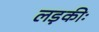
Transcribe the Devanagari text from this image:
लड़कीः